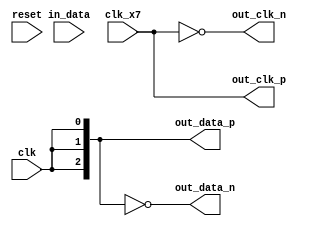
// This program was cloned from: https://github.com/ryuz/jelly
// License: MIT License

`timescale			1ns / 1ps
`default_nettype	none



module serdes_output_to_fin1216
		#(
			parameter	N = 3
		)
		(
			input	wire				reset,
			input	wire				clk,
			input	wire				clk_x7,
			
			input	wire	[N*7-1:0]	in_data,
			
			output	wire				out_clk_p,
			output	wire				out_clk_n,
			output	wire	[N-1:0]		out_data_p,
			output	wire	[N-1:0]		out_data_n
		);
	
	assign out_clk_p = clk_x7;
	assign out_clk_n = ~clk_x7;
	assign out_data_p = {N{clk}};
	assign out_data_n = ~{N{clk}};
	
endmodule


`default_nettype	wire


// end of file